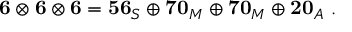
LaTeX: \mathbf { 6 } \otimes \mathbf { 6 } \otimes \mathbf { 6 } = \mathbf { 5 6 } _ { S } \oplus \mathbf { 7 0 } _ { M } \oplus \mathbf { 7 0 } _ { M } \oplus \mathbf { 2 0 } _ { A } ~ .